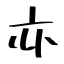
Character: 亦